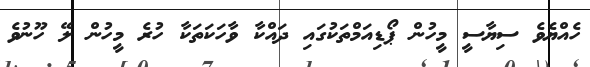
ހެއްޔެވެ ސިޔާސީ މީހުން ޕޯޑިއަމްތަކުގައި ދައްކާ ވާހަކަތަކާ ހުރެ މީހުން ލޭ ހޫނުވެ